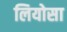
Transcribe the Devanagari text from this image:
लियोसा